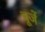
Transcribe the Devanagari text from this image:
चूजें